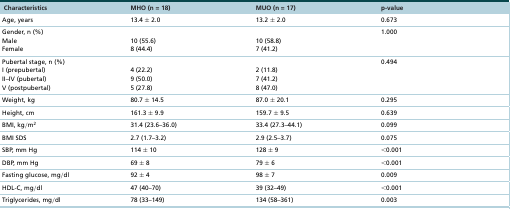
| Characteristics | MHO (n = 18) | MUO (n = 17) | p-value |
 | --- | --- | --- | --- |
 | Age, years | 13.4 ± 2.0 | 13.2 ± 2.0 | 0.673 |
 | Gender, n (%)MaleFemale | 10 (55.6)8 (44.4) | 10 (58.8)7 (41.2) | 1.000 |
 | Pubertal stage, n (%)I (prepubertal)II–IV (pubertal)V (postpubertal) | 4 (22.2)9 (50.0)5 (27.8) | 2 (11.8)7 (41.2)8 (47.0) | 0.494 |
 | Weight, kg | 80.7 ± 14.5 | 87.0 ± 20.1 | 0.295 |
 | Height, cm | 161.3 ± 9.9 | 159.7 ± 9.5 | 0.639 |
 | BMI, kg/m2 | 31.4 (23.6–36.0) | 33.4 (27.3–44.1) | 0.099 |
 | BMI SDS | 2.7 (1.7–3.2) | 2.9 (2.5–3.7) | 0.075 |
 | SBP, mm Hg | 114 ± 10 | 128 ± 9 | <0.001 |
 | DBP, mm Hg | 69 ± 8 | 79 ± 6 | <0.001 |
 | Fasting glucose, mg/dl | 92 ± 4 | 98 ± 7 | 0.009 |
 | HDL-C, mg/dl | 47 (40–70) | 39 (32–49) | <0.001 |
 | Triglycerides, mg/dl | 78 (33–149) | 134 (58–361) | 0.003 |